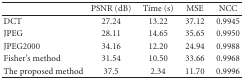
<table><thead><tr><td>[EMPTY_CELL]</td><td><b>PSNR (dB)</b></td><td><b>Time (s)</b></td><td><b>MSE</b></td><td><b>NCC</b></td></tr></thead><tbody><tr><td>DCT</td><td>27.24</td><td>13.22</td><td>37.12</td><td>0.9945</td></tr><tr><td>JPEG</td><td>28.11</td><td>14.65</td><td>35.65</td><td>0.9950</td></tr><tr><td>JPEG2000</td><td>34.16</td><td>12.20</td><td>24.94</td><td>0.9988</td></tr><tr><td>Fisher's method</td><td>31.54</td><td>10.50</td><td>33.66</td><td>0.9968</td></tr><tr><td>The proposed method</td><td>37.5</td><td>2.34</td><td>11.70</td><td>0.9996</td></tr></tbody></table>